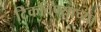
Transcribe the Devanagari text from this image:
टिकविण्याच्या